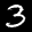
Label: 3